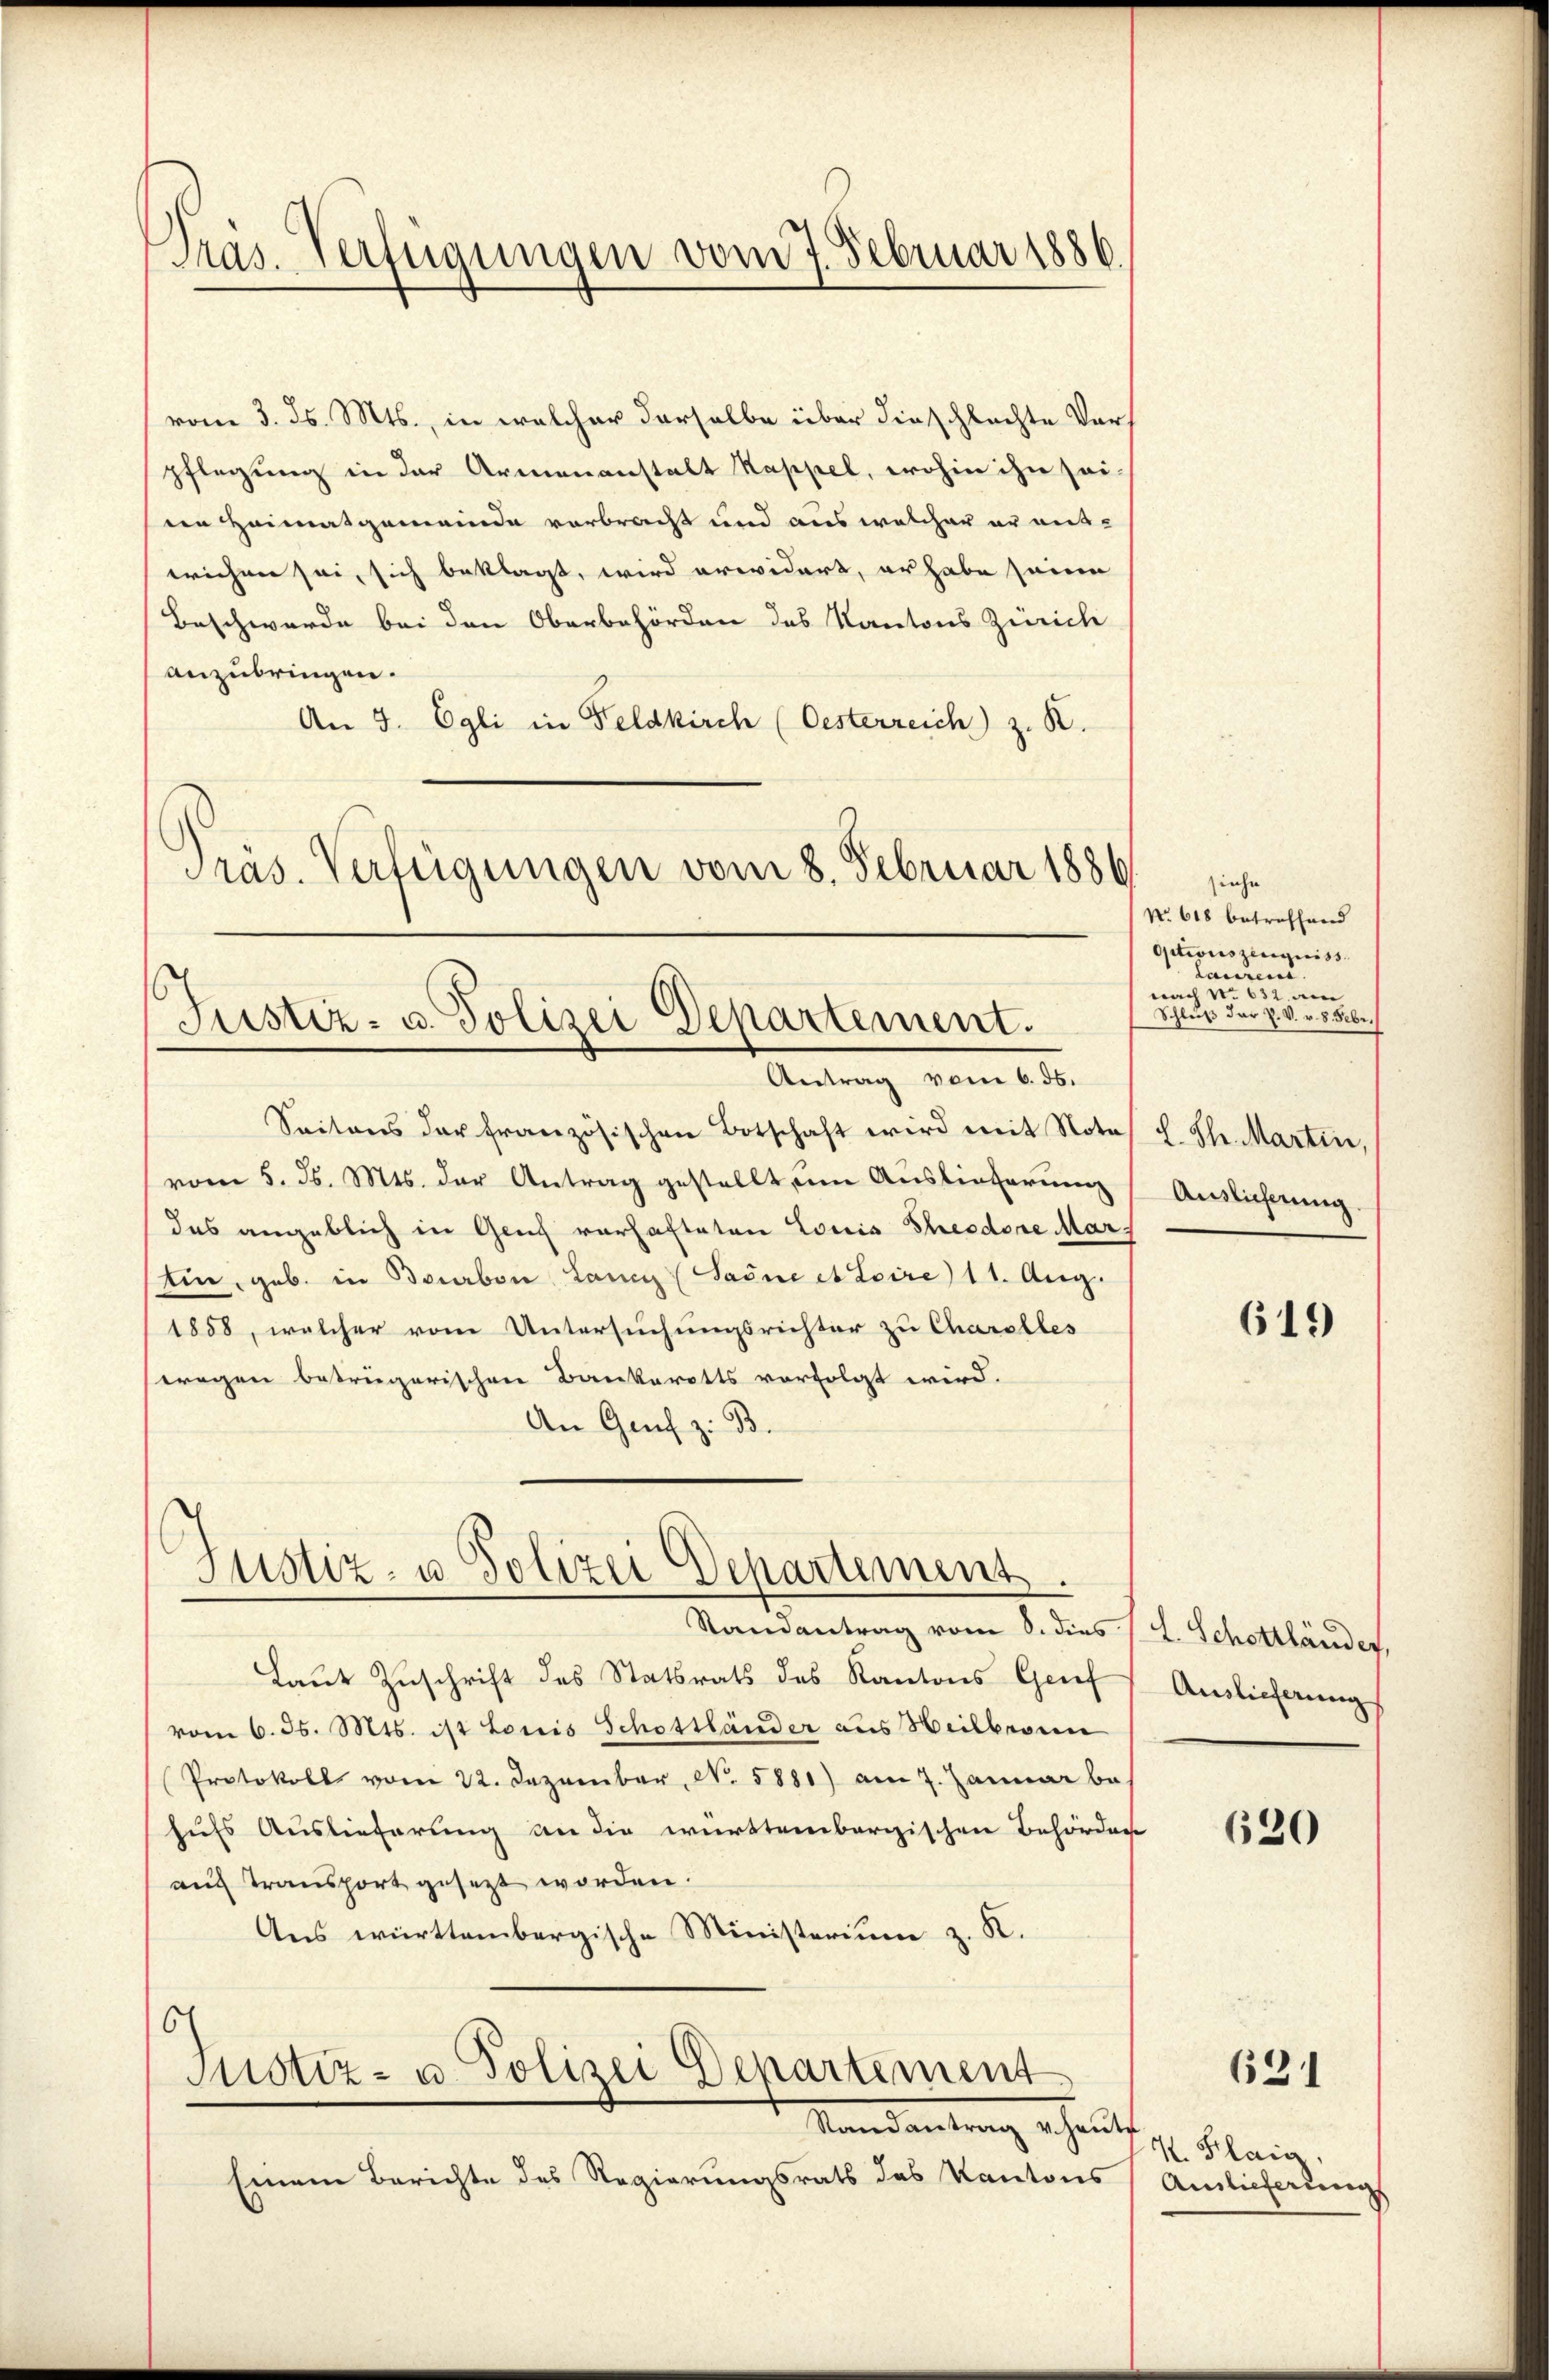
Präs. Verfügungen vom 7. Februar 1886.

vom 3. ds. Mts., in welcher derselbe über dieschlachte Vers
pflegung in der Armenanstalt Kappel, wohin ihn sei-
een Heimatgemeinde verbracht und aus welcher er mitwichen sei, sich beklagt, wird erwidert, er habe seine
Beschwerde bei den Oberbehörden des Kantons Zürich
anzubringen.
An 3. Egli in Feldkirch (Oesterreich z. B.
Pras. Verfügungen vom 8. Februar 1886

Justiz- u. Polizei Departement.
Antrag vom 6. ds.

Seitens der französischen Botschaft wird mit Notes L. Str. Martin,
vom 5. d. Mts. der Antrag gestellt um Auslieferung
das angeblich in Gluch vorhafteten Louis Theodore Martin, geb. in Bonbon Lani (Saine et Loire) 11. Aug.
1858, welcher vom Untersuchungsrichter zu Charalles
wragen betrügerischen Bankerotts vorfolgt wird.
An Genf z. B.

Justiz- u Polizei Departement.
Randantrag vom 8. dies L. Schottländer,

Laut Zuschrift des Statsrats des Kantons Grief Auslieferung
vom 6. d. Mts. ist Loris Schottländer aus Heilbronn
Protokoll vom 22. Dezember, No. 5881) am 7. Januar be
hufs Auslieferung an die württembergischen Behörden
auch Transport gesezt worden.
Aus württembergische Ministerium z. K.

c
Mstiz- u. Polizei Departement

Mund antrag erhalt
Einem Berichte des Regierungsrath das Kantons

siehe
No. 618 betreffend
Octionszeugniss
 Lauren
nach No 632 am
Schluß der Z. V. v. 8. Febr.
Auslieferung

619

620

631

K. Flaig
Ainlieferung